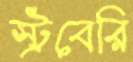
স্ট্রবেরি